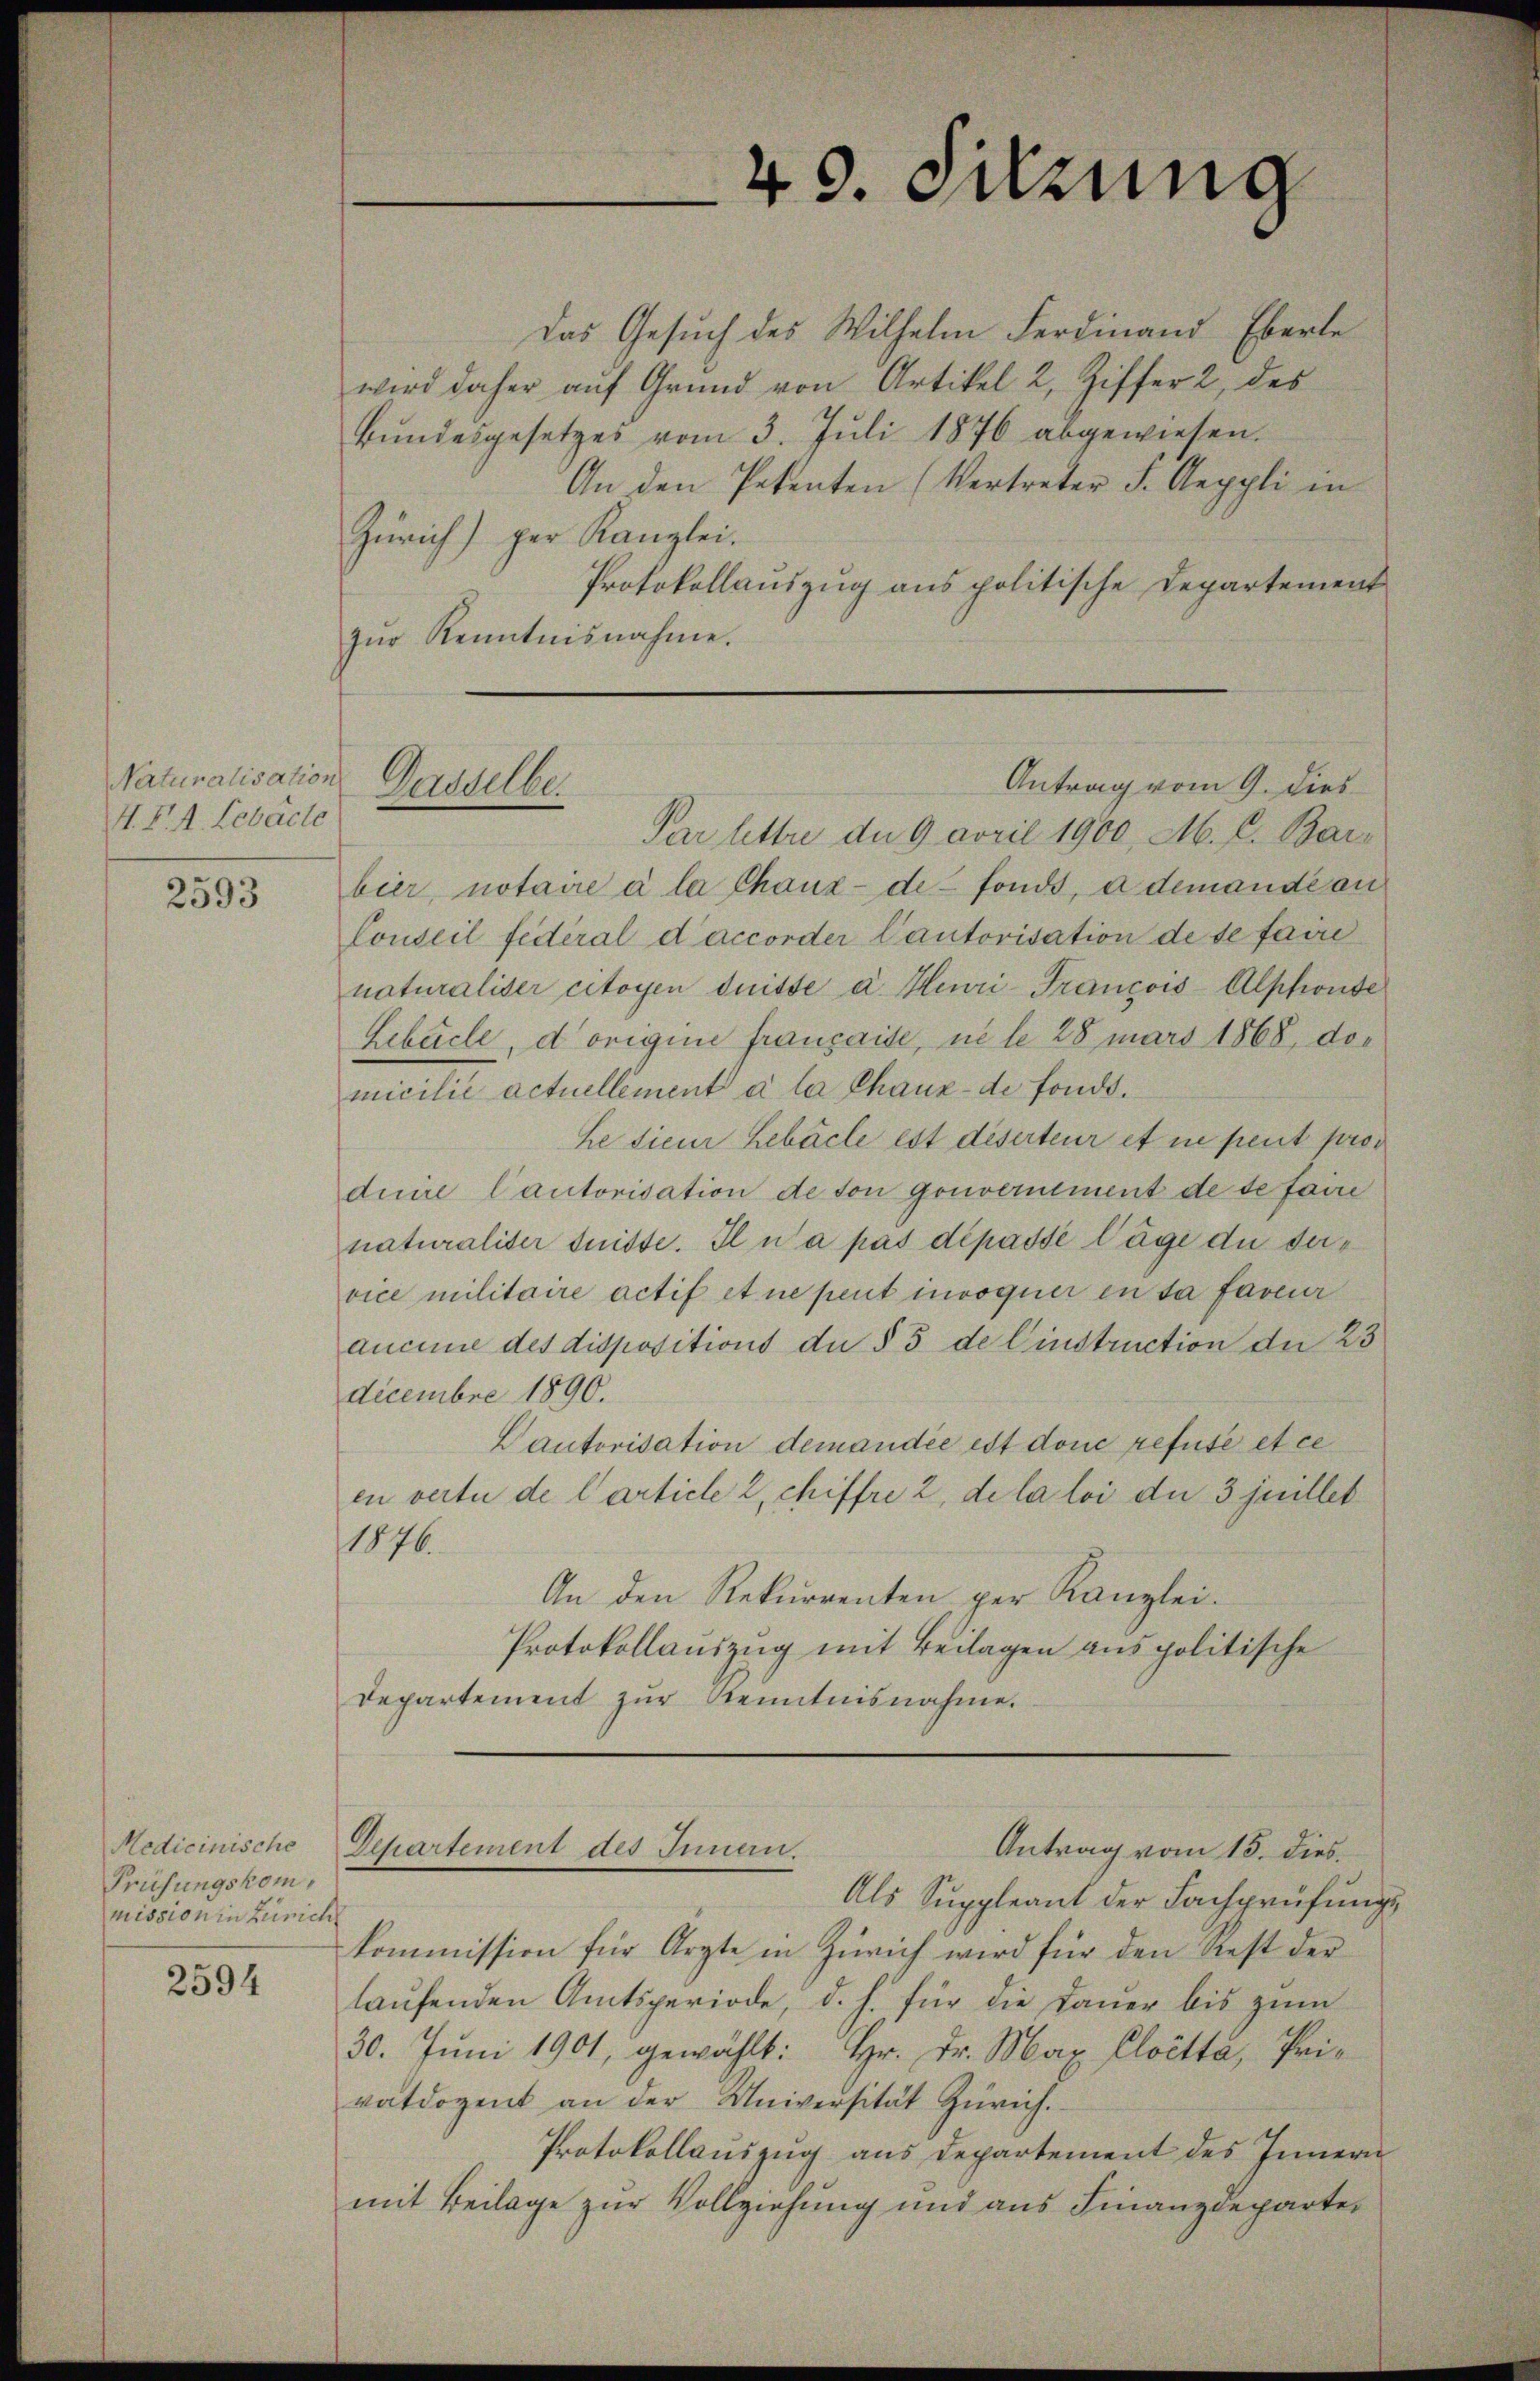
Naturalisation
I. P. M. Lebache

2593

Medicinische
Prüfungskommission in Zürich

2594

Par lettre d. 9 April 1900, M. C. Barbier, notaire à la Chaux-de-fonds, a demande an
Lonseil fédéral d’accorder Cautorisation de se faire
naturaliser citoyen dritte d. Heuri-Francois-Alphonse
Lebuche, dorigine française, ne le 28 mars 1868, demicilie actuellement à la Chaux-de fonds.
he sien Lebäche est deserteur et in peut pros
duire Cautorisation de son gouvernement de de faire
naturaliter dnisse. Il n’a pas dépasse läge die dervice militaire actif et ne peut invoquer in sa faveur
aucune des dispositions du § 5 de Einstruction der 23
decembre 1890.
Vautorisation demandée est done refuse et ce
en vertu de l’article 2, chiffre 2, de la loi du 3 jeillet
1876.
An den Rekurrenten per Kanzlei-
Protokollauszug mit Beilagen aus politische
departement zŭr Kenntnisnahme.

40. Ferung

Das Gesuch des Wilhelm Ferdinand Eberle
wird daher auf Grund von Artikel 2, Ziffer 2, des
Bŭndesgesetzes vom 3. Juli 1876 abgewiesen.
An den Petenten (Vertreter F. Aeppli in
Zürich) per Kanzlei.
Protokollauszug aus politische Departement
zur Kenntnisnahme.

Antrag vom 9. dies
Vorstelle

Gchartement des Innen.
Antrag vom 15. dies.

Als Suppleant der Fachprüfungs
Kommission für Arzte in Zürich wird für den Rest der
laŭfenden Amtsperiode, d. h. für die Daŭer bis zŭm
30. Jŭni 1901, gewählt: Hr. Dr. Max Cloetta, Pri-
vatdozent an der Universität Zürich.
Protokollauszug aus Departement des Innern
mit Beilage zur Vollziehung und aus Finanzdeparte